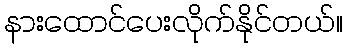
နားထောင်ပေးလိုက်နိုင်တယ်။